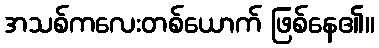
အသစ်ကလေးတစ်ယောက် ဖြစ်နေ၏။